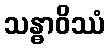
သန္ဓာဝိဿံ